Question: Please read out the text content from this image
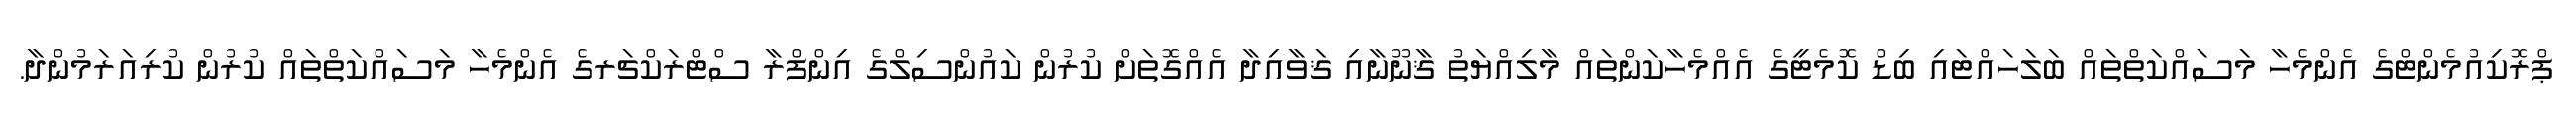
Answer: ޕްރޮކިއުމެންޓްގެ އެންމެހާ މަސައްކަތްތައް ބަލަހައްޓައި ބިޑް ކޮމެޓީގެ އެއްމެހާކަންތައް މާލިއްޔަތު ޤާނޫނާއި ޤަވާއިދާ އެއްގޮތަށް ކުރުން ކައުންސިލްގެ އިންފްރާ ސްޓްރަކްޗަރގެ އެންމެހާ މަސައްކަތްތައް ކުރުން ކުރިއަރަމުންދާ.